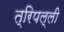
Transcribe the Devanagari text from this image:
त्रिपल्ली